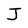
Character: J